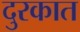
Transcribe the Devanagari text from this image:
दुरकात